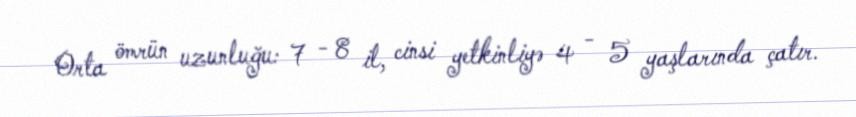
Orta ömrün uzunluğu: 7 - 8 il, cinsi yetkinliyə 4 - 5 yaşlarında çatır.